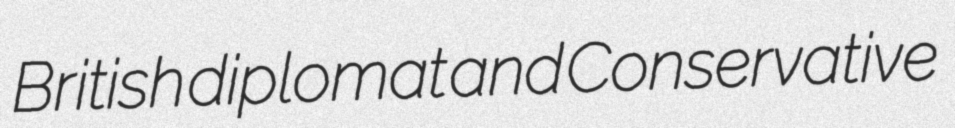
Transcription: British diplomat and Conservative